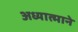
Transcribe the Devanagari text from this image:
अध्यात्माने